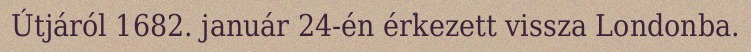
Útjáról 1682. január 24-én érkezett vissza Londonba.